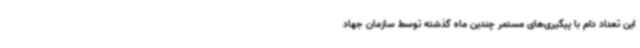
این تعداد دام با پیگیری‌های مستمر چندین ماه گذشته توسط سازمان جهاد